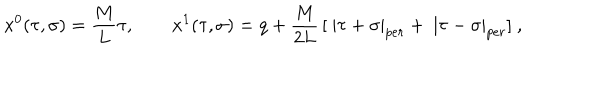
LaTeX: x ^ { 0 } ( \tau , \sigma ) = \frac M L \tau , \quad \quad x ^ { 1 } ( \tau , \sigma ) = q + \frac M { 2 L } \, [ \ | \tau + \sigma | _ { p e r } + \ | \tau - \sigma | _ { p e r } ] \ ,